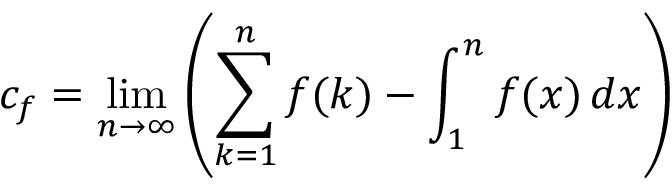
c _ { f } = \operatorname* { l i m } _ { n \to \infty } \left( \sum _ { k = 1 } ^ { n } f ( k ) - \int _ { 1 } ^ { n } f ( x ) \, d x \right)